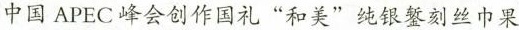
中国APEC峰会创作国礼”和美”纯银錾刻丝巾果